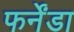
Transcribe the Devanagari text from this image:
फर्नेंडा